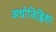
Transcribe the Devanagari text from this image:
अधोजिह्विका